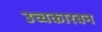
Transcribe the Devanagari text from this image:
उच्चकारबन